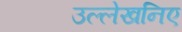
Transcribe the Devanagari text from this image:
उल्लेखनिए